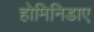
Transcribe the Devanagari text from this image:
होमिनिडाए